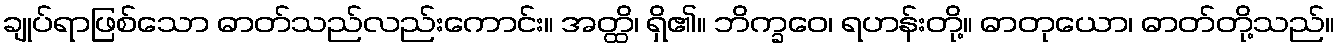
ချုပ်ရာဖြစ်သော ဓာတ်သည်လည်းကောင်း။ အတ္ထိ၊ ရှိ၏။ ဘိက္ခဝေ၊ ရဟန်းတို့။ ဓာတုယော၊ ဓာတ်တို့သည်။